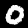
Label: 0